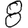
Digit: 8